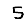
Digit: 5